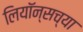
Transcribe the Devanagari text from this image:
लियॉन्सच्या